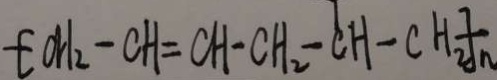
f O H _ { 2 } - C H = C H - C H _ { 2 } - C H - C H _ { 2 } f _ { n }